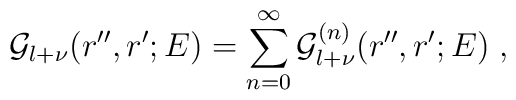
{\mathcal G}_{l+\nu} (r'',r';E) =\sum_{n=0}^{\infty}{\mathcal G}^{(n)}_{l+\nu} (r'',r';E) \; ,